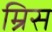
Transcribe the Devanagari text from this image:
म्रिस